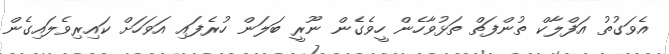
އެވަގުތު އަފްލާކް ތުންފަތް ތަޅުވާހެން ހީވެގެން ނޫރީ ބަލަން ހުރެފައި އަވަހަށް ކައިރިވެލައިގެން